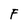
Character: F